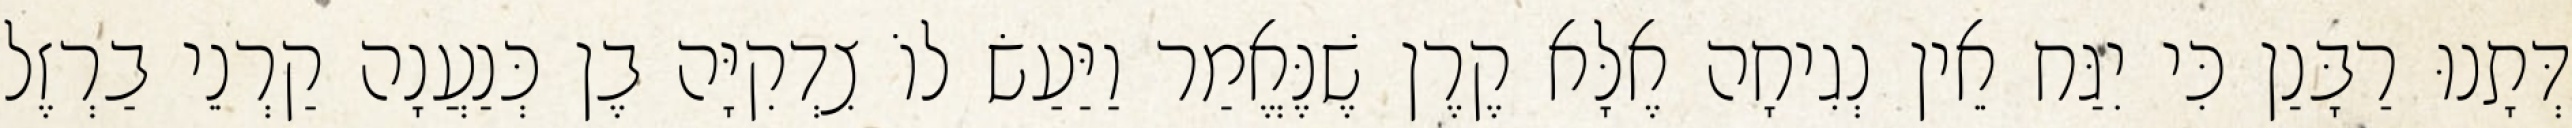
דְּתָנוּ רַבָּנַן כִּי יִגַּח אֵין נְגִיחָה אֶלָּא קֶרֶן שֶׁנֶּאֱמַר וַיַּעַשׂ לוֹ צִדְקִיָּה בֶן כְּנַעֲנָה קַרְנֵי בַרְזֶל